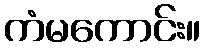
ကံမကောင်း။